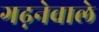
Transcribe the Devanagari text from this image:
गढ़नेवाले